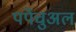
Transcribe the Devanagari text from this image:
पर्पेचुअल